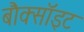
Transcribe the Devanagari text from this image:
बौक्सॉइट